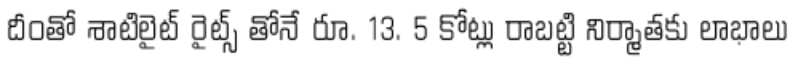
దీంతో శాటిలైట్ రైట్స్ తోనే రూ. 13. 5 కోట్లు రాబట్టి నిర్మాతకు లాభాలు